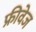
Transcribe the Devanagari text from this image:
फ्रीवेज